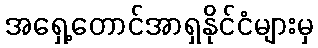
အရှေ့တောင်အာရှနိုင်ငံများမှ